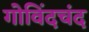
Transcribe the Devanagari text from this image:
गोविंदचंद